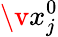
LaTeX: \v{x}_{j}^{0}